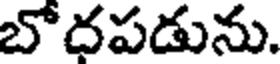
బోదపడును.